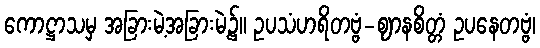
ကောဋ္ဌာသမှ အခြားမဲ့အခြားမဲ့၌။ ဥပသံဟရိတဗ္ဗံ-ဈာနစိတ္တံ ဥပနေတဗ္ဗံ၊